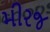
મીરજ